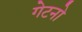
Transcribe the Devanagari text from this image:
गेटनो